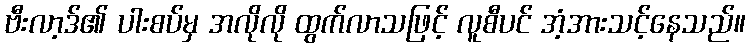
ဗီးလာ့ဒ်၏ ပါးစပ်မှ အလိုလို ထွက်လာသဖြင့် လူစီပင် အံ့အားသင့်နေသည်။